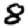
Digit: 8